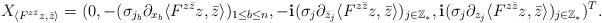
LaTeX: \begin{align*}X_{\langle F^{z\bar{z}}z,\bar{z}\rangle}=(0,-(\sigma_{j_b}\partial_{x_b}\langle F^{z\bar{z}}z,\bar{z}\rangle)_{1\leq b\leq n},-\mathbf{i}(\sigma_j\partial_{\bar{z}_j}\langle F^{z\bar{z}}z,\bar{z}\rangle)_{j\in\mathbb{Z}_*},\mathbf{i}(\sigma_j\partial_{z_j}\langle F^{z\bar{z}}z,\bar{z}\rangle)_{j\in\mathbb{Z}_*})^T.\end{align*}